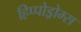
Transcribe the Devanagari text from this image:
हिप्पोड्रोम्स